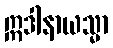
ဣဒါနာယသ္မာ